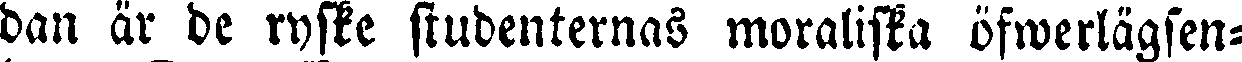
dan är de ryske studenternas moraliska öfwerlägsen-